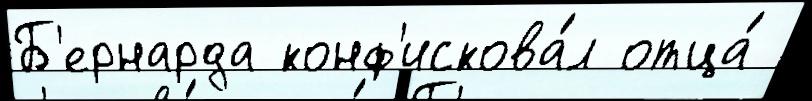
Б'ернарда конф'искова́л отца́